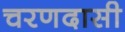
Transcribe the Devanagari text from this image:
चरणदासी